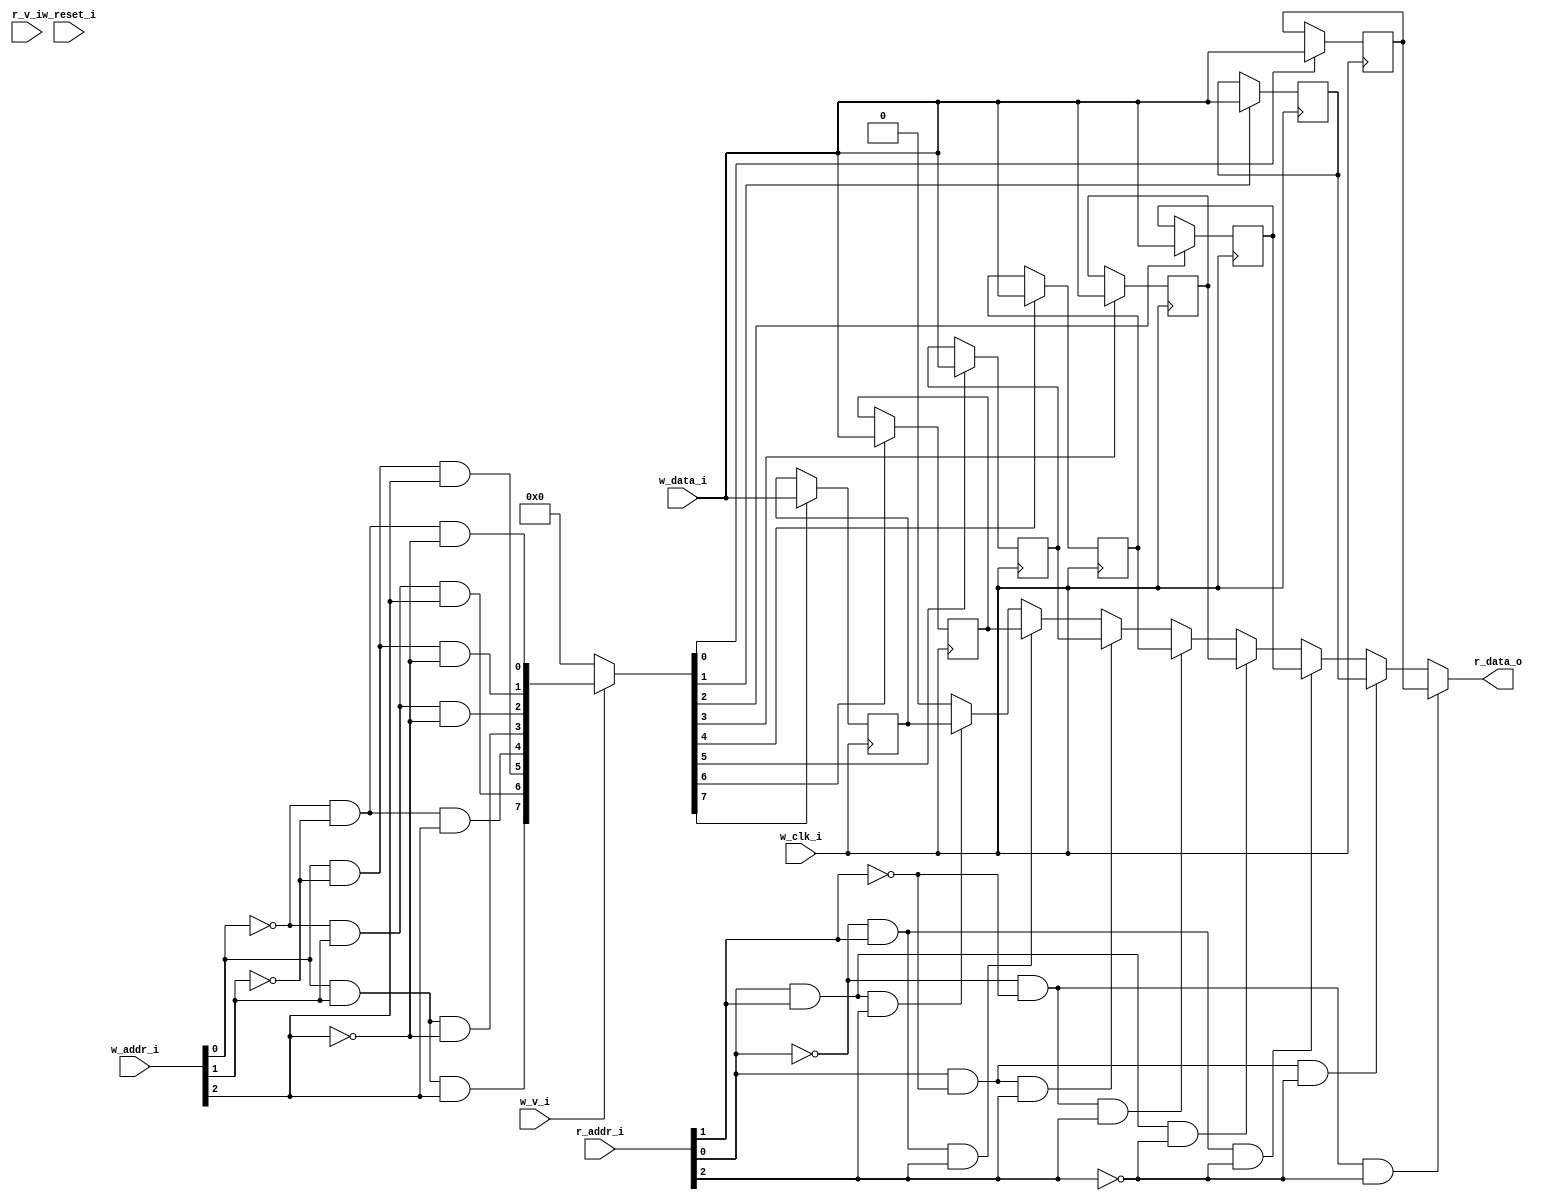
// This program was cloned from: https://github.com/NYU-MLDA/OpenABC
// License: BSD 3-Clause "New" or "Revised" License

module bsg_mem_1r1w_synth_width_p1_els_p8_read_write_same_addr_p0_harden_p0
(
  w_clk_i,
  w_reset_i,
  w_v_i,
  w_addr_i,
  w_data_i,
  r_v_i,
  r_addr_i,
  r_data_o
);

  input [2:0] w_addr_i;
  input [0:0] w_data_i;
  input [2:0] r_addr_i;
  output [0:0] r_data_o;
  input w_clk_i;
  input w_reset_i;
  input w_v_i;
  input r_v_i;
  wire [0:0] r_data_o;
  wire N0,N1,N2,N3,N4,N5,N6,N7,N8,N9,N10,N11,N12,N13,N14,N15,N16,N17,N18,N19,N20,N21,
  N22,N23,N24,N25,N26,N27,N28,N29,N30,N31,N32,N33,N34,N35,N36,N37,N38,N39,N40,N41,
  N42,N43,N44,N45;
  wire [7:0] mem;
  reg mem_7_sv2v_reg,mem_6_sv2v_reg,mem_5_sv2v_reg,mem_4_sv2v_reg,mem_3_sv2v_reg,
  mem_2_sv2v_reg,mem_1_sv2v_reg,mem_0_sv2v_reg;
  assign mem[7] = mem_7_sv2v_reg;
  assign mem[6] = mem_6_sv2v_reg;
  assign mem[5] = mem_5_sv2v_reg;
  assign mem[4] = mem_4_sv2v_reg;
  assign mem[3] = mem_3_sv2v_reg;
  assign mem[2] = mem_2_sv2v_reg;
  assign mem[1] = mem_1_sv2v_reg;
  assign mem[0] = mem_0_sv2v_reg;
  assign r_data_o[0] = (N17)? mem[0] : 
                       (N19)? mem[1] : 
                       (N21)? mem[2] : 
                       (N23)? mem[3] : 
                       (N18)? mem[4] : 
                       (N20)? mem[5] : 
                       (N22)? mem[6] : 
                       (N24)? mem[7] : 1'b0;

  always @(posedge w_clk_i) begin
    if(N41) begin
      mem_7_sv2v_reg <= w_data_i[0];
    end 
  end


  always @(posedge w_clk_i) begin
    if(N40) begin
      mem_6_sv2v_reg <= w_data_i[0];
    end 
  end


  always @(posedge w_clk_i) begin
    if(N39) begin
      mem_5_sv2v_reg <= w_data_i[0];
    end 
  end


  always @(posedge w_clk_i) begin
    if(N38) begin
      mem_4_sv2v_reg <= w_data_i[0];
    end 
  end


  always @(posedge w_clk_i) begin
    if(N37) begin
      mem_3_sv2v_reg <= w_data_i[0];
    end 
  end


  always @(posedge w_clk_i) begin
    if(N36) begin
      mem_2_sv2v_reg <= w_data_i[0];
    end 
  end


  always @(posedge w_clk_i) begin
    if(N35) begin
      mem_1_sv2v_reg <= w_data_i[0];
    end 
  end


  always @(posedge w_clk_i) begin
    if(N34) begin
      mem_0_sv2v_reg <= w_data_i[0];
    end 
  end

  assign N42 = w_addr_i[0] & w_addr_i[1];
  assign N33 = N42 & w_addr_i[2];
  assign N43 = N0 & w_addr_i[1];
  assign N0 = ~w_addr_i[0];
  assign N32 = N43 & w_addr_i[2];
  assign N44 = w_addr_i[0] & N1;
  assign N1 = ~w_addr_i[1];
  assign N31 = N44 & w_addr_i[2];
  assign N45 = N2 & N3;
  assign N2 = ~w_addr_i[0];
  assign N3 = ~w_addr_i[1];
  assign N30 = N45 & w_addr_i[2];
  assign N29 = N42 & N4;
  assign N4 = ~w_addr_i[2];
  assign N28 = N43 & N5;
  assign N5 = ~w_addr_i[2];
  assign N27 = N44 & N6;
  assign N6 = ~w_addr_i[2];
  assign N26 = N45 & N7;
  assign N7 = ~w_addr_i[2];
  assign { N41, N40, N39, N38, N37, N36, N35, N34 } = (N8)? { N33, N32, N31, N30, N29, N28, N27, N26 } : 
                                                      (N9)? { 1'b0, 1'b0, 1'b0, 1'b0, 1'b0, 1'b0, 1'b0, 1'b0 } : 1'b0;
  assign N8 = w_v_i;
  assign N9 = N25;
  assign N10 = ~r_addr_i[0];
  assign N11 = ~r_addr_i[1];
  assign N12 = N10 & N11;
  assign N13 = N10 & r_addr_i[1];
  assign N14 = r_addr_i[0] & N11;
  assign N15 = r_addr_i[0] & r_addr_i[1];
  assign N16 = ~r_addr_i[2];
  assign N17 = N12 & N16;
  assign N18 = N12 & r_addr_i[2];
  assign N19 = N14 & N16;
  assign N20 = N14 & r_addr_i[2];
  assign N21 = N13 & N16;
  assign N22 = N13 & r_addr_i[2];
  assign N23 = N15 & N16;
  assign N24 = N15 & r_addr_i[2];
  assign N25 = ~w_v_i;

endmodule